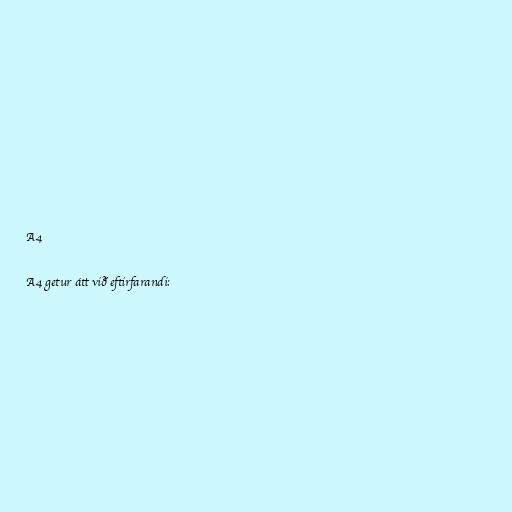
A4

A4 getur átt við eftirfarandi: